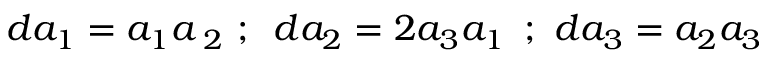
d a _ { 1 } = a _ { 1 } a \, _ { 2 } \, \, ; \, \, \, d a _ { 2 } = 2 a _ { 3 } a _ { 1 } \, \, \, ; \, \, d a _ { 3 } = a _ { 2 } a _ { 3 }